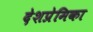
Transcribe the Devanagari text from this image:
देशप्रेमिका